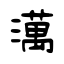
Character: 澫